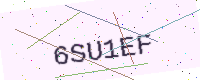
Text: 6SU1EF